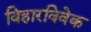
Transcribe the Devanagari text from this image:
विहारविवेक